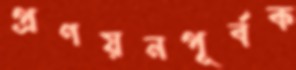
প্রণয়নপূর্বক